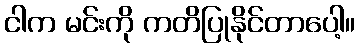
ငါက မင်းကို ကတိပြုနိုင်တာပေါ့။